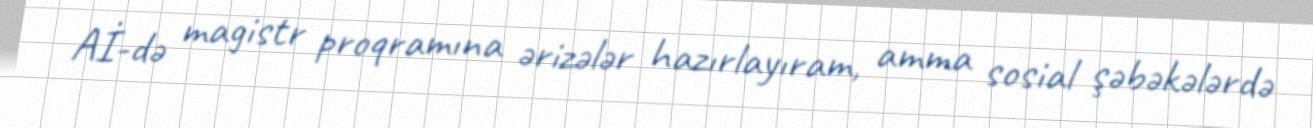
Aİ-də magistr proqramına ərizələr hazırlayıram, amma sosial şəbəkələrdə